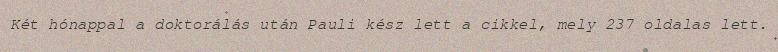
Két hónappal a doktorálás után Pauli kész lett a cikkel, mely 237 oldalas lett.